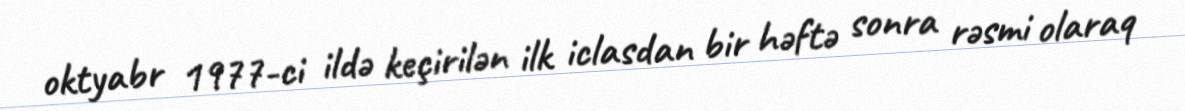
oktyabr 1977-ci ildə keçirilən ilk iclasdan bir həftə sonra rəsmi olaraq